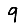
Digit: 9